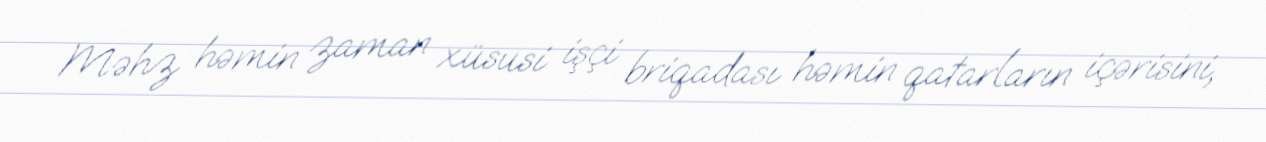
Məhz həmin zaman xüsusi işçi briqadası həmin qatarların içərisini,